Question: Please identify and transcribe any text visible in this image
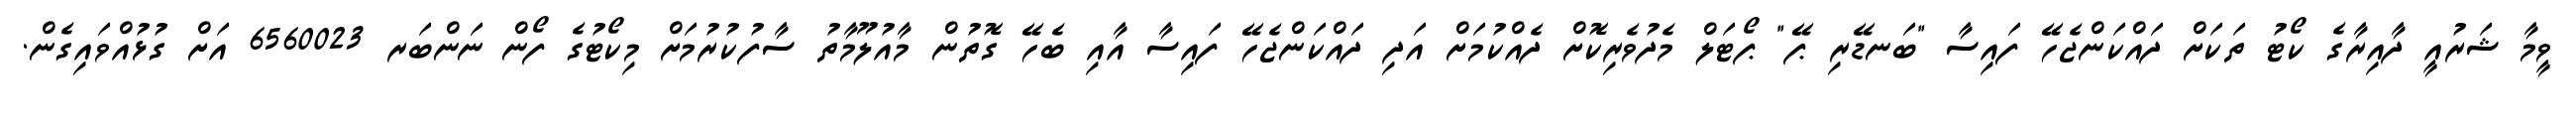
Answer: ވީމާ ޝަރުއީ ދާއިރާގެ ކޯޓު ތަކަށް ދައްކަންޖެހޭ ފައިސާ "ބަނޑޭރި ޕޭ" ޕޯޓަލް މެދުވެރިކޮށް ދެއްކުމަށް އަދި ދައްކަންޖެހޭ ފައިސާ އާއި ބެހޭ ގޮތުން މާއުލޫމާތު ސާފުކުރުމަށް މިކޯޓުގެ ފޯން ނަންބަރ 6560023 އަށް ގުޅުއްވައިގެން.